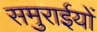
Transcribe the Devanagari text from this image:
समुराईयों